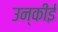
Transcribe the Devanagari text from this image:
उन्कीई